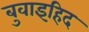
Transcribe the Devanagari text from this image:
बुवाइहिद